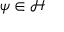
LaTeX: \psi \in { \mathcal { H } }